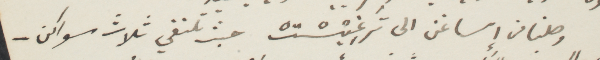
وصلنا من إساغن الى ترغيستْ، حيث نلتقي ثلاث سواكن -